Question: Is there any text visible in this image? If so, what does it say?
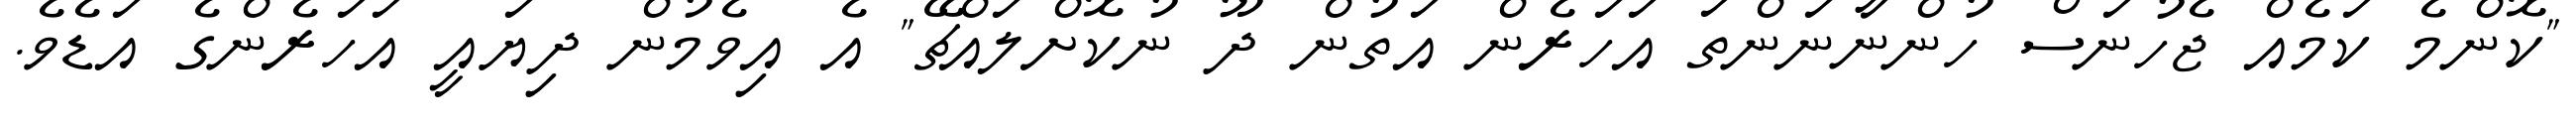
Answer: "ކޮންމެ ކަމެއް ޖެހުނަސް ހުންނާނަންތަ އަހަރެން އަތުން ދޫ ނުކޮށްލައްޗޭ" އެ އިވެމުން ދިޔައީ އަހަރެންގެ އަޑެވެ.